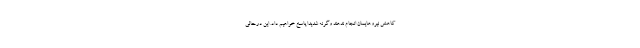
کاهش نیروهایمان انجام ندهند وگرنه شدیدا پاسخ خواهیم داد. این درحالی